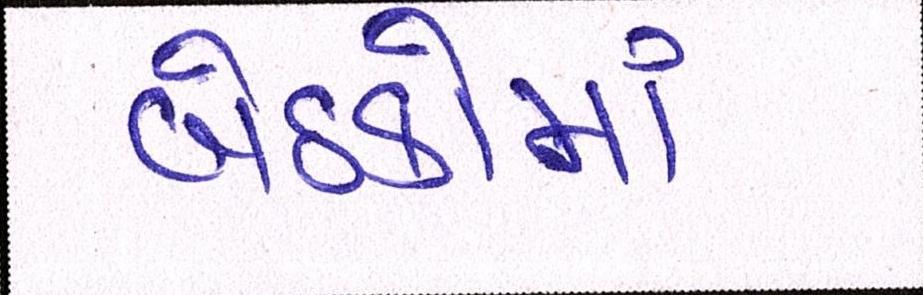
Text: બેઠકોમાં